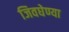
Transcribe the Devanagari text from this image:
जिवघेण्या